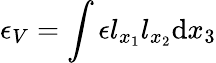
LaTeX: \epsilon_{V}=\int{\epsilon l_{x_{1}}l_{x_{2}}\mathrm{d}x_{3}}